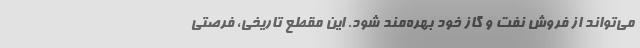
می‌تواند از فروش نفت و گاز خود بهره‌مند شود. این مقطع تاریخی، فرصتی